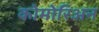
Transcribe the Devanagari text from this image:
कोमोरिअन